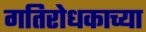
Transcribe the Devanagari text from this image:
गतिरोधकाच्या